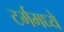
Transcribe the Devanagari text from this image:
टर्ममध्ये